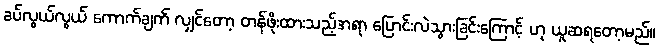
ခပ်လွယ်လွယ် ကောက်ချက် လျှင်တော့ တန်ဖိုးထားသည့်အရာ ပြောင်းလဲသွားခြင်းကြောင့် ဟု ယူဆရတော့မည်။